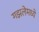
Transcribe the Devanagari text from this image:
गझलेमध्ये